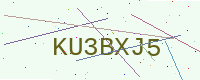
Text: KU3BXJ5